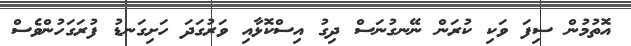
އޮތުމުން ސިފަ ވަކި ކުރަން ނޭނގުނަސް ދިގު އިސްކޮޅާއި ވަރުގަދަ ހަށިގަނޑު ފުރަގަހުންވެސް